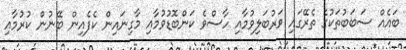
ބައެއް ސަބަބުތަކުގެ ތެރޭގައި ވަރުބަލިވުމާއި ހާސްވެ ކަންބޮޑުވުމާއި މާގިނައިން ކެފެއިން ބޭނުން ކުރުމާއި